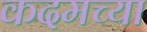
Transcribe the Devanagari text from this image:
कदमच्या